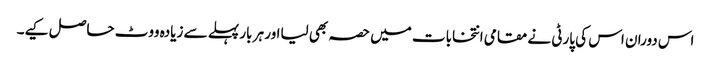
اس دوران اس کی پارٹی نے مقامی انتخابات میں حصہ بھی لیااور ہر بار پہلے سے زیادہ ووٹ حاصل کیے۔